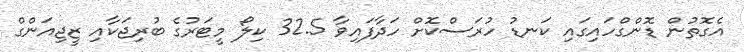
އެގޮތުން ޑޮންގްހައިގައި ކަނޑު ހުރަސްކޮށް ހަދާފައިވާ 32.5 ކިލޯ މީޓަރުގެ ބުރިޖަކާއި ޒީޖިއަންގް